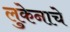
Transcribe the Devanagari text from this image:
लुकेनाचे